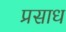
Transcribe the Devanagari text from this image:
प्रसाध